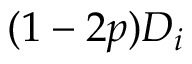
( 1 - 2 p ) D _ { i }